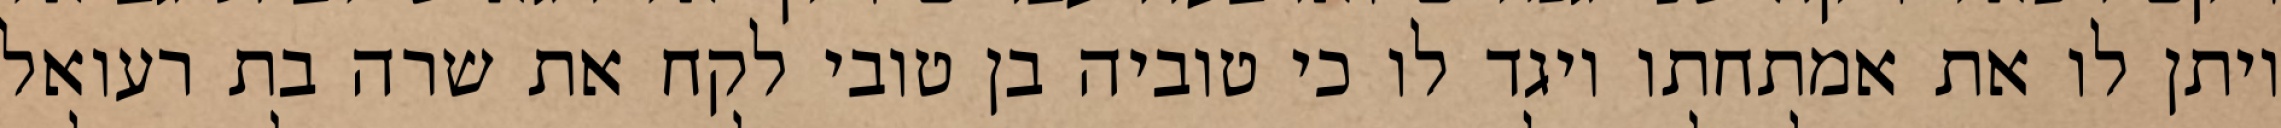
ויתן לו את אמתחתו ויגד לו כי טוביה בן טובי לקח את שרה בת רעואל